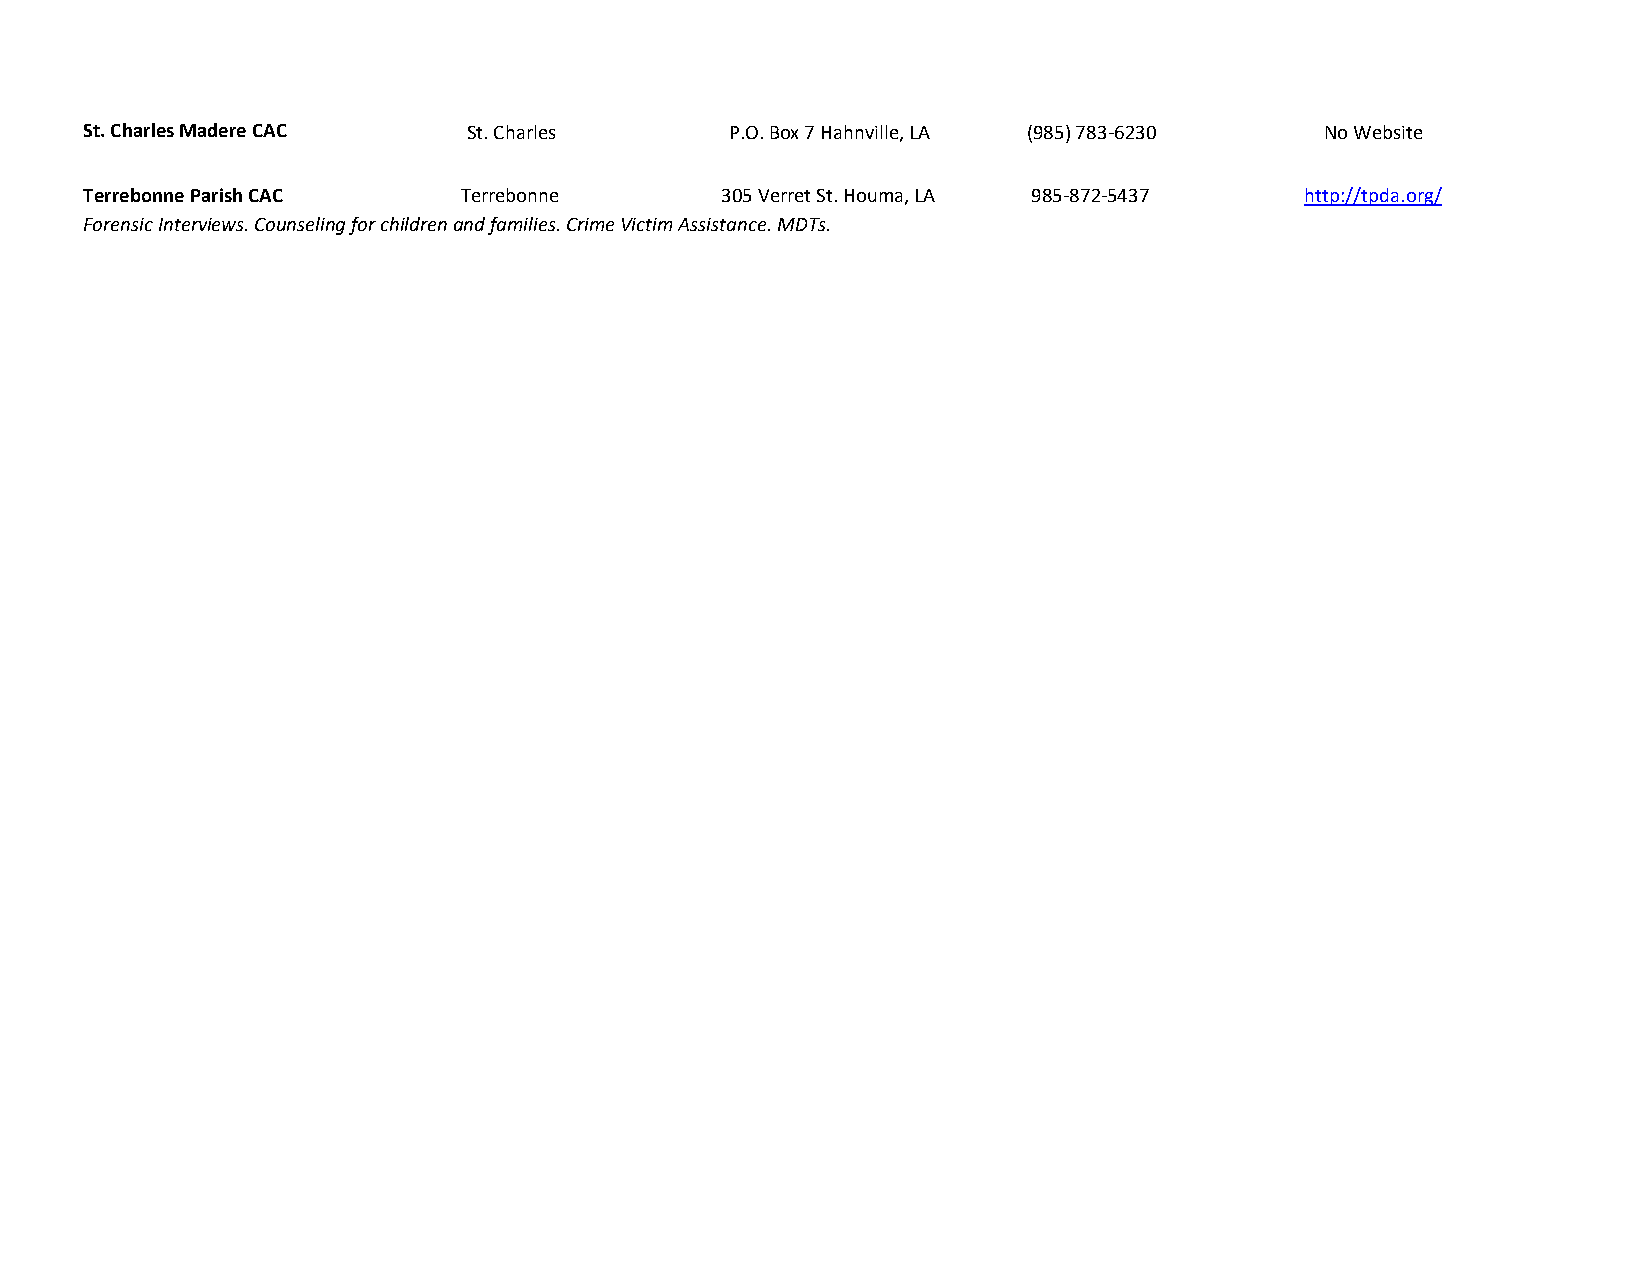
St. Charles Madere CAC   St. Charles      P.O. Box 7 Hahnville, LA (985) 783-6230 No Website
 Terrebonne Parish CAC    Terrebonne       305 Verret St. Houma, LA 985-872-5437 http://tpda.org/
 Forensic Interviews. Counseling for children and families. Crime Victim Assistance. MDTs.